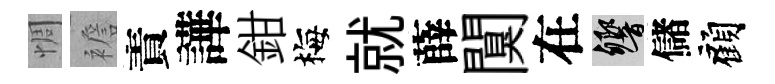
惆襜責譁鉗梅就薛闃在響儲顧